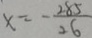
x = - \frac { 2 8 5 } { 2 6 }